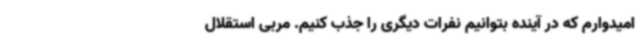
امیدوارم که در آینده بتوانیم نفرات دیگری را جذب کنیم. مربی استقلال